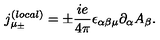
{ j _ { \mu _ { \pm } } ^ { ( l o c a l ) } } = \pm \frac { i e } { 4 \pi } \epsilon _ { \alpha \beta \mu } \partial _ { \alpha } A _ { \beta } .